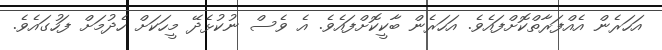
އަހަރެން އެއްފަރާތްކޮށްފައެވެ. އަހަރެން ބާކީކޮށްފައެވެ. އެ ވެސް ނުކުޅެދޭ މީހަކަށް ހެދުމަށް ފަހުގައެވެ.